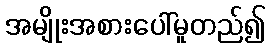
အမျိုးအစားပေါ်မူတည်၍